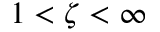
1 < \zeta < \infty